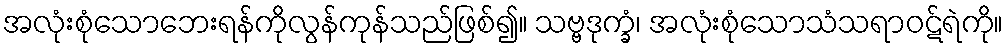
အလုံးစုံသောဘေးရန်ကိုလွန်ကုန်သည်ဖြစ်၍။ သဗ္ဗဒုက္ခံ၊ အလုံးစုံသောသံသရာဝဋ်ရဲကို။